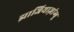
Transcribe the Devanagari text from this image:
झाजियाज़ांग्बू